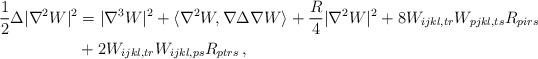
LaTeX: \begin{align*}\frac{1}{2}\Delta|\nabla^2 W|^{2} &= |\nabla^{3} W|^{2} + \langle \nabla^2 W, \nabla \Delta \nabla W \rangle +\frac{R}{4}|\nabla^2 W|^{2}+ 8 W_{ijkl,tr}W_{pjkl,ts}R_{pirs}\\ &+2W_{ijkl, tr}W_{ijkl, ps}R_{ptrs}\,,\end{align*}